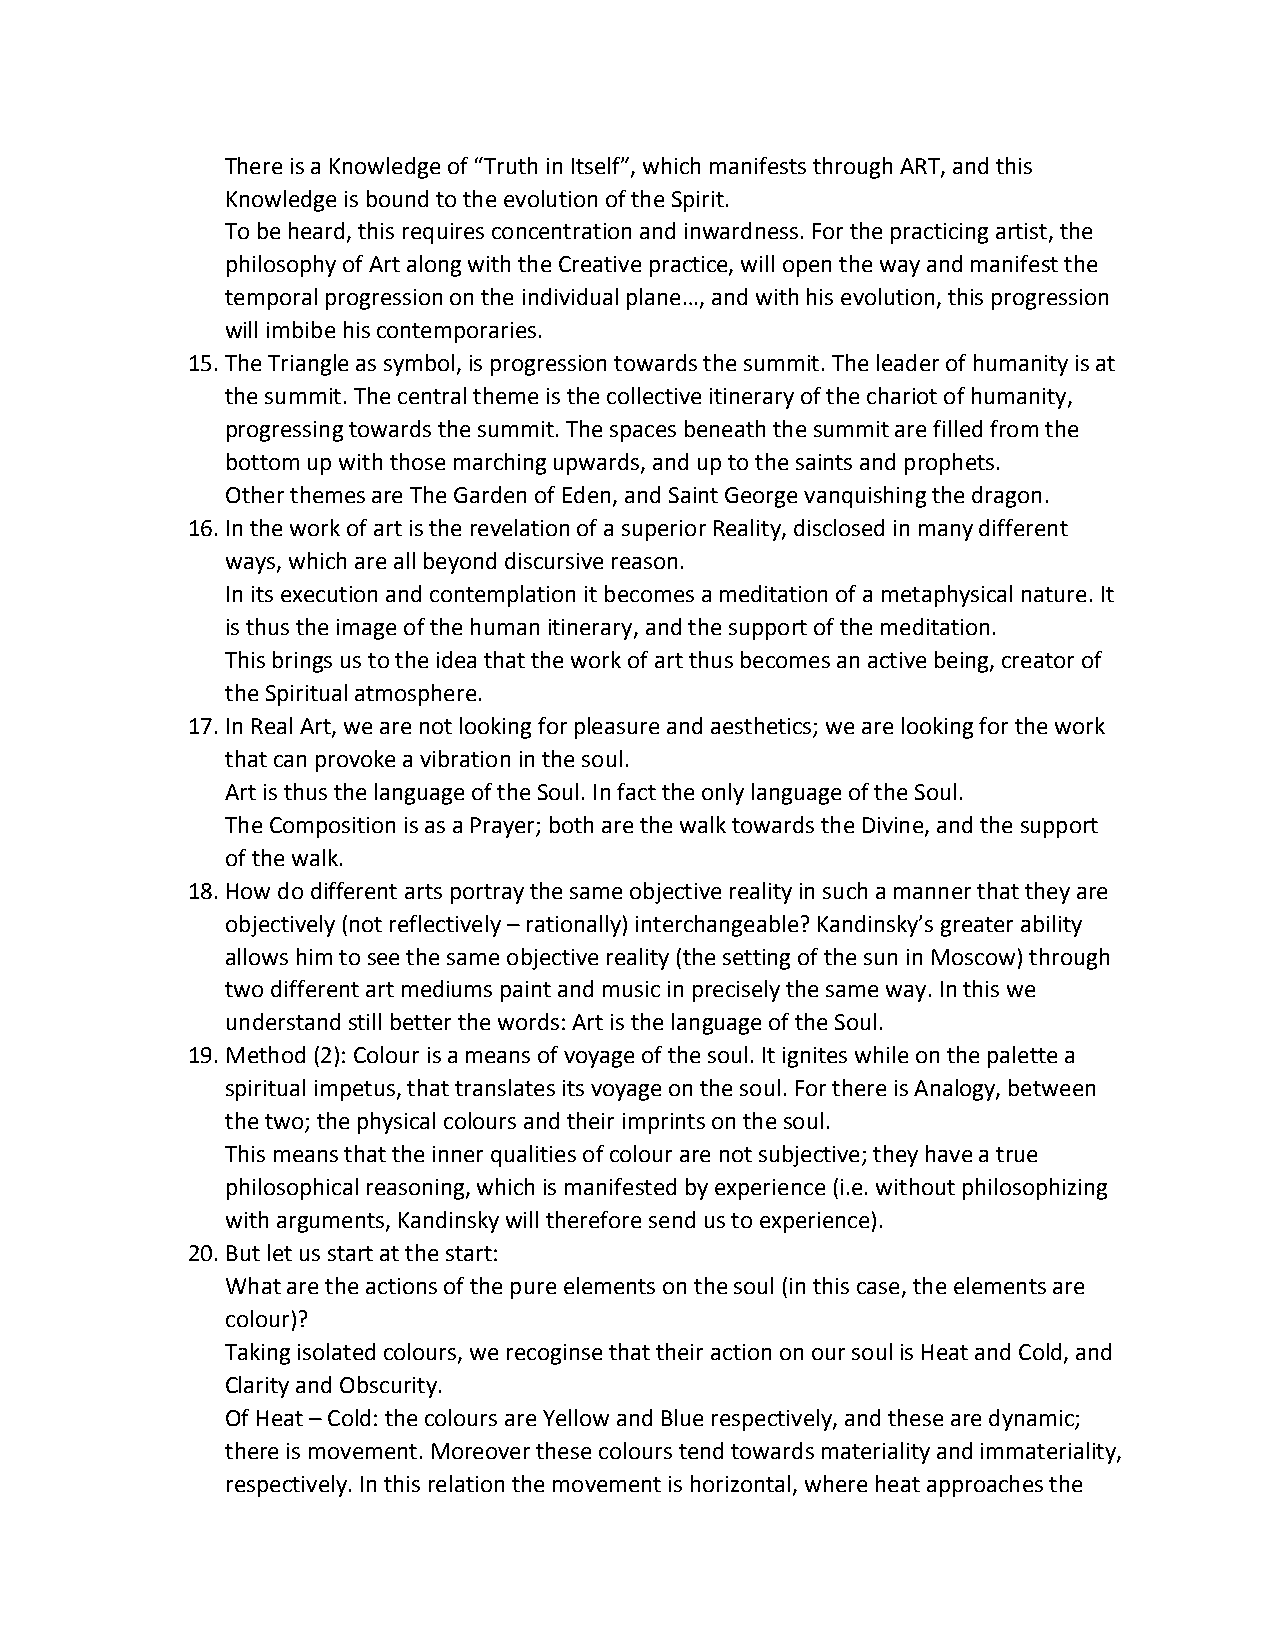
There is a Knowledge of “Truth in Itself”, which manifests through ART, and this
 Knowledge is bound to the evolution of the Spirit.
 To be heard, this requires concentration and inwardness. For the practicing artist, the
 philosophy of Art along with the Creative practice, will open the way and manifest the
 temporal progression on the individual plane…, and with his evolution, this progression
 will imbibe his contemporaries.
 15. The Triangle as symbol, is progression towards the summit. The leader of humanity is at
 the summit. The central theme is the collective itinerary of the chariot of humanity,
 progressing towards the summit. The spaces beneath the summit are filled from the
 bottom up with those marching upwards, and up to the saints and prophets.
 Other themes are The Garden of Eden, and Saint George vanquishing the dragon.
 16. In the work of art is the revelation of a superior Reality, disclosed in many different
 ways, which are all beyond discursive reason.
 In its execution and contemplation it becomes a meditation of a metaphysical nature. It
 is thus the image of the human itinerary, and the support of the meditation.
 This brings us to the idea that the work of art thus becomes an active being, creator of
 the Spiritual atmosphere.
 17. In Real Art, we are not looking for pleasure and aesthetics; we are looking for the work
 that can provoke a vibration in the soul.
 Art is thus the language of the Soul. In fact the only language of the Soul.
 The Composition is as a Prayer; both are the walk towards the Divine, and the support
 of the walk.
 18. How do different arts portray the same objective reality in such a manner that they are
 objectively (not reflectively – rationally) interchangeable? Kandinsky’s greater ability
 allows him to see the same objective reality (the setting of the sun in Moscow) through
 two different art mediums paint and music in precisely the same way. In this we
 understand still better the words: Art is the language of the Soul.
 19. Method (2): Colour is a means of voyage of the soul. It ignites while on the palette a
 spiritual impetus, that translates its voyage on the soul. For there is Analogy, between
 the two; the physical colours and their imprints on the soul.
 This means that the inner qualities of colour are not subjective; they have a true
 philosophical reasoning, which is manifested by experience (i.e. without philosophizing
 with arguments, Kandinsky will therefore send us to experience).
 20. But let us start at the start:
 What are the actions of the pure elements on the soul (in this case, the elements are
 colour)?
 Taking isolated colours, we recoginse that their action on our soul is Heat and Cold, and
 Clarity and Obscurity.
 Of Heat – Cold: the colours are Yellow and Blue respectively, and these are dynamic;
 there is movement. Moreover these colours tend towards materiality and immateriality,
 respectively. In this relation the movement is horizontal, where heat approaches the